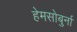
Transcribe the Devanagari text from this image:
हेमसोबुर्ना